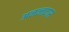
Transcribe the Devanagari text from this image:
अनन्तदास